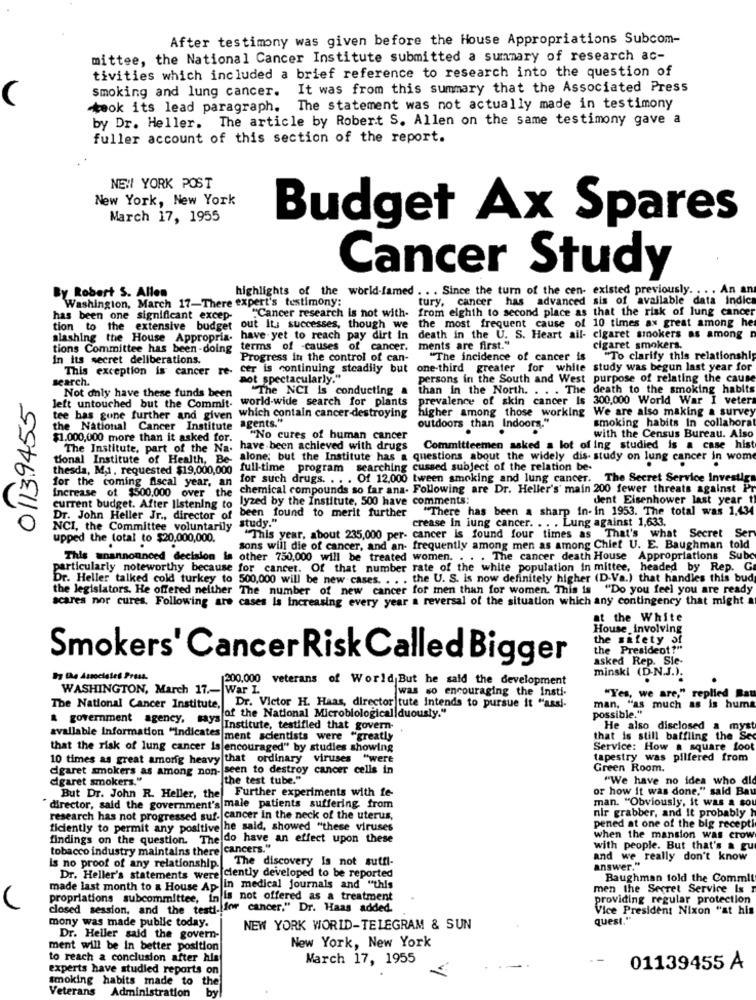
After testimony was given before the House Appropriations Subcom-
mittee, the National Cancer Institute submitted a summary of research ac-
tivities which included a brief reference to research into the question of
Smoking and lung cancer. It was from this summary that the Associated Press
took its lead paragraph. The statement was not actually made in testimony
by Dr. Heller. The article by Robert S. Allen on the same testimony gave a
fuller account of this section of the report.
NEW YORK POST
New York, New York
March 17, 1955
Budget Ax Spares
Cancer Study
By Robert S. Allen
highlights of the world-famed . . . Since the turn of the cen- existed previously. ..
An an
Washington, March 17-There expert's testimony:
tury, cancer has advanced sis of available data indica
from eighth to second place as that the risk of lung cancer
has been one significant excep-
"Cancer research is not with-
the most frequent cause of 10 times ax great among he
tion to the extensive budget
out It; successes, though we
slashing the House Appropria-
have yet to reach pay dirt In
death in the U. S. Heart ail- cigaret smokers as among
tions Committee has been -doing
terms of -causes of cancer.
ments are first."
cigaret smokers.
In its secret deliberations.
Progress in the control of can-
"The incidence of cancer is
"To clarify this relationship
This exception is cancer re-
cer is continuing steadily but
one-third greater for white study was begun last year for
search.
aot spectacularly."
persons in the South and West purpose of relating the cause
"The NCI is conducting a
than in the North. . . . The death to the smoking habits
01139455
Not only have these funds been
world-wide search for plants
prevalence of skin cancer Is 300.000 World War I veter
left untouched but the Commit-
higher among those working We are also making a survey
tee has gone further and given
which contain cancer-destroying
agents."
smoking habits In collaborat
the National Cancer Institute
outdoors than Indoors."
$1.000,000 more than it asked for.
"No cures of human cancer
with the Census Bureau. Also
The Institute, part of the Na.
have been achieved with drugs
Committeemen asked a lot of ing studied is a case hist
tional Institute of Health, Be alone; but the Institute has a questions about the widely dis- study on lung cancer in wom
thesda, Ma, requested $19,000,000
full-time program searching cussed subject of the relation be-
for such drugs. . . . Of 12,000 tween smoking and lung cancer. The Secret Service Investiga
for the coming fiscal year, an
chemical compounds so far ana- Following are Dr. Heller's' main 200 fewer threats against Pr
Increase of $500.000 over the
lyzed by the Institute, 500 have comments:
dent Eisenhower last year t
current budget. After listening to
"There has been a sharp in- in 1953. The total was 1,434
Dr. John Heller Jr ., director of
study."
been found to merit further
crease in lung cancer. . . . Lung against 1,633.
NCI, the Committee voluntarily
upped the total to $20,000,000.
"This year, about 235,000 per- cancer is found four times as That's what Secret
Ser
sons will die of cancer, and an- frequently among men as among Chief U. E. Baughman told
This anannounced decision is other 750,000 will be treated women. . . . The cancer death House Appropriations Subc
particularly noteworthy because for cancer. Of that number rate of the white population in mittee, headed by Rep. G
Dr. Heller talked cold turkey to 500,000 will be new cases. . . . the U. S. is now definitely higher (D-Va.) that handles this bud
the legislators. He offered neither The number of new cancer for men than for women. This is "Do you feel you are ready
scares nor cures. Following are cases Is Increasing every year a reversal of the situation which any contingency that might
at the White
House involving
the safety of
the President?"
asked Rep. Sie-
Smokers' Cancer Risk Called Bigger
200.000 veterans of World But he said the development
minski (D-N.J.).
WASHINGTON, March 17 .- War I.
was so encouraging the Insti-
"Yes, we are," replied Bau
The National Cancer Institute, Dr. Victor H. Haas, director tute Intends to pursue it "assi-
possible."
man, "as much as is huma
& government agency, says
of the National Microbiological duously."
Institute, testified that govern-
He also disclosed a myst
available information "Indicates ment scientists were "greatly
that is still baffling the Se
that the risk of lung cancer is encouraged" by studies showing
Service: How a square foot
10 times as great amorig heavy that ordinary viruses "were
tapestry was pilfered from
dgaret smokers as among non- seen to destroy cancer cells in
Green Room.
dgaret smokers."
the test tube."
"We have no idea who di
But Dr. John R. Heller, the Further experiments with fe-
or how it was done," said Bay
man. "Obviously, it was a so
"director, said the government's male patients suffering from
nir grabber, and It probably h
research has not progressed suf. cancer in the neck of the uterus,
ficiently to permit any positive he said, showed "these viruses
pened at one of the big recept
findings on the question. The do have an effect upon these
when the mansion was crow
tobacco industry maintains there cancers."
with people. But that's a gu
is no proof of any relationship. The discovery Is not sutfl-
and we really don't know
Dr. Heller's statements were ciently developed to be reported
answer."
Baughman fold the Commit
made last month to a House Ap in medical journals and "this
men the Secret Service Is
propriations subcommittee, inis not offered as a treatment
providing regular protection
closed session, and the testi. for cancer." Dr. Haas added.
Vice President Nixon "at his
mony was made public today.
quest."
NEW YORK WORLD-TELEGRAM & SUN
Dr. Heller said the govern-
ment will be in better position
New York, New York
to reach a conclusion after his
March 17, 1955
experts have studied reports on
01139455 A
smoking habits made to
Veterans
Administration